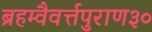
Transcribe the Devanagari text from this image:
ब्रहम्वैवर्त्तपुराण३०